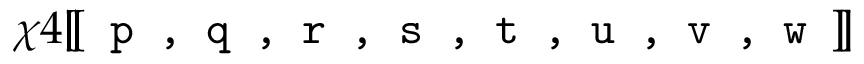
\chi 4 [ \! [ \texttt { p , q , r , s , t , u , v , w } ] \! ]